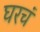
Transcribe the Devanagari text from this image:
घरचं